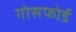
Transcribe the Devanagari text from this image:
गोसफोर्ड